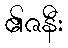
၏ဇနီး